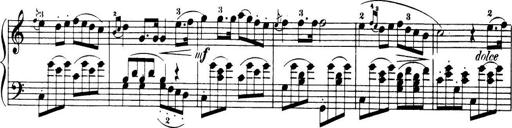
Title: 32 Sonatinas and Rondos for the Piano
Composer: Richard Kleinmichel